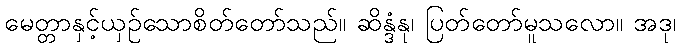
မေတ္တာနှင့်ယှဉ်သောစိတ်တော်သည်။ ဆိန္ဒံနု၊ ပြတ်တော်မူသလော။ အဒု၊